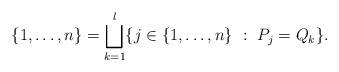
\begin{align*} \{ 1, \dots, n \} = \bigsqcup_{k=1}^l \{ j\in \{ 1, \dots, n\} \ : \ P_j =Q_k \}. \end{align*}